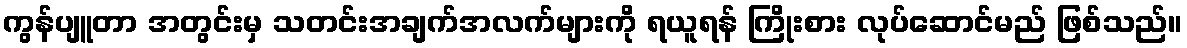
ကွန်ပျူတာ အတွင်းမှ သတင်းအချက်အလက်များကို ရယူရန် ကြိုးစား လုပ်ဆောင်မည် ဖြစ်သည်။